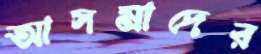
আসমাদের